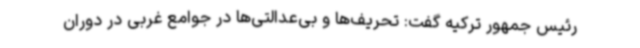
رئیس جمهور ترکیه گفت: تحریف‌ها و بی‌عدالتی‌ها در جوامع غربی در دوران